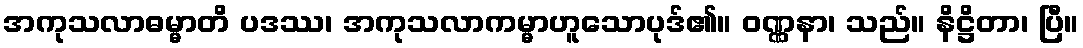
အကုသလာဓမ္မာတိ ပဒဿ၊ အကုသလာကမ္မာဟူသောပုဒ်၏။ ဝဏ္ဏနာ၊ သည်။ နိဋ္ဌိတာ၊ ပြီ။